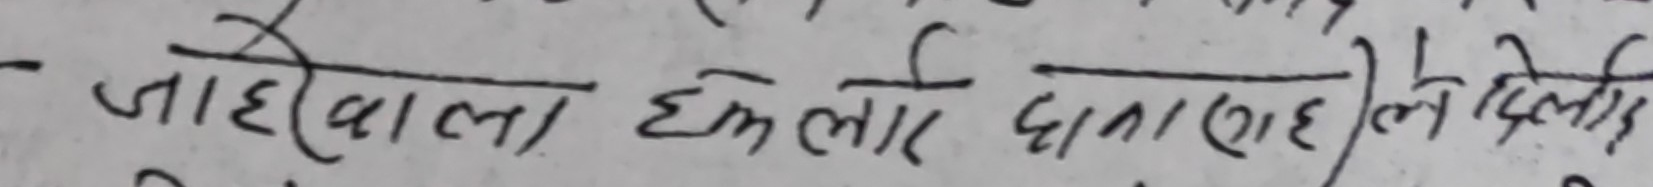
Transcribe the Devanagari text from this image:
जाईवाला छेनलाई दातालाई लेदिलाई